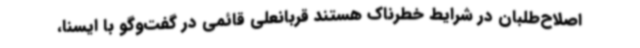
اصلاح‌طلبان در شرایط خطرناک هستند قربانعلی قائمی در گفت‌وگو با ایسنا،